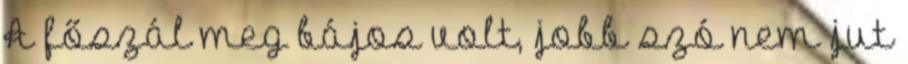
A főszál meg bájos volt, jobb szó nem jut